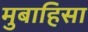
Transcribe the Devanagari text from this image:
मुबाहिसा